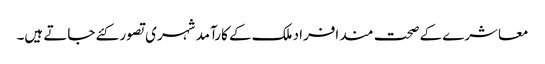
معاشرے کے صحت مند افراد ملک کے کارآمد شہری تصور کئے جاتے ہیں۔